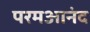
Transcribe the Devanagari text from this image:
परमआनंद